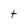
Character: t